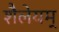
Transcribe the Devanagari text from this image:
शैलेयम्